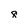
Character: 8